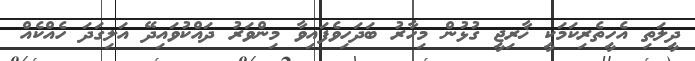
ދީލަތި އެހީތެރިކަމަކީ ޚާރިޖީ ގުޅުން މިހާރު ބަދަހިވެފައިވާ މިންވަރު ދައްކުވައިދޭ އަލިގަދަ ހެއްކެއް